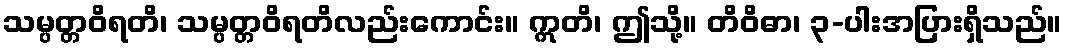
သမ္ပတ္တဝိရတိ၊ သမ္ပတ္တဝိရတိလည်းကောင်း။ ဣတိ၊ ဤသို့။ တိဝိဓာ၊ ၃-ပါးအပြားရှိသည်။